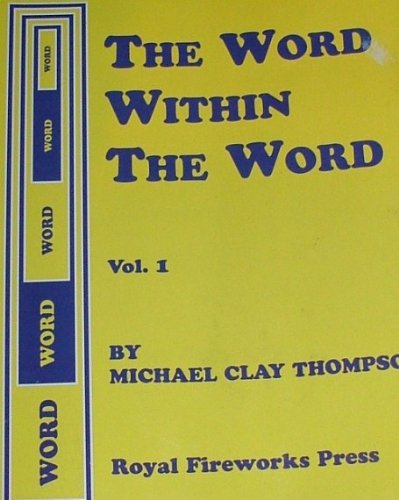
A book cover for The Word Within the Word, Vol. 1; Michael Clay Thompson; Teen & Young Adult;